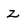
Character: z